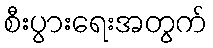
စီးပွားရေးအတွက်